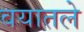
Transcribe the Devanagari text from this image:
वयातले